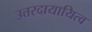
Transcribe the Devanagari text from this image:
उत्तरदायायित्व